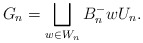
\begin{align*} G_n=\bigsqcup\limits_{w\in W_n}B_{n}^{-}wU_n.\end{align*}